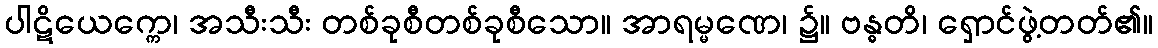
ပါဋိယေက္ကေ၊ အသီးသီး တစ်ခုစီတစ်ခုစီသော။ အာရမ္မဏေ၊ ၌။ ဗန္ဓတိ၊ ရှောင်ဖွဲ့တတ်၏။